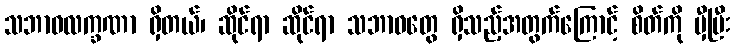
သဘာဝလက္ခဏာ ရှိတယ်၊ ဆိုင်ရာ ဆိုင်ရာ သဘာဝတွေ ရှိသည့်အတွက်ကြောင့် စိတ်ကို မှီပြီး